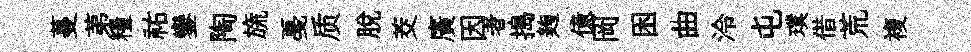
蔓苐糧祐鑾陶旒戞质脫茭廣因者搗麹億岡困曲泠屯璞借荒複